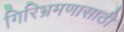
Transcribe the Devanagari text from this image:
गिरिभ्रमणासाठी